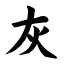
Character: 灰